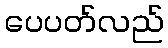
ပေပတ်လည်